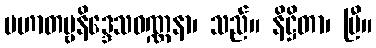
ပဟာတဗ္ဗနိဒ္ဒေသဝဏ္ဏနာ၊ သည်။ နိဋ္ဌိတာ၊ ပြီ။